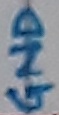
Text: GND